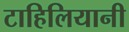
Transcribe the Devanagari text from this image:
टाहिलियानी